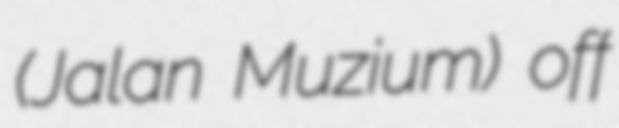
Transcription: (Jalan Muzium) off